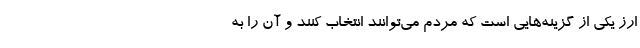
ارز یکی از گزینه‌هایی است که مردم می‌توانند انتخاب کنند و آن را به